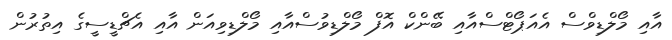
އާއި މޯލްޑިވްސް އެއަޕޯޓްސްއާއި ބޭންކް އޮފް މޯލްޑިވުސްއާއި މޯލްޑިވިއަން އާއި އެޗްޑީސީގެ އިތުރުން